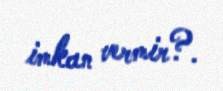
imkan vermir?.